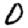
Digit: 0